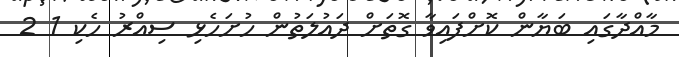
މާއްދާގައި ބަޔާން ކޮށްފައިވާ ގޮތަށް ދައުލަތުން ހުށަހެޅި ސިއްރު ހެކި 1 2